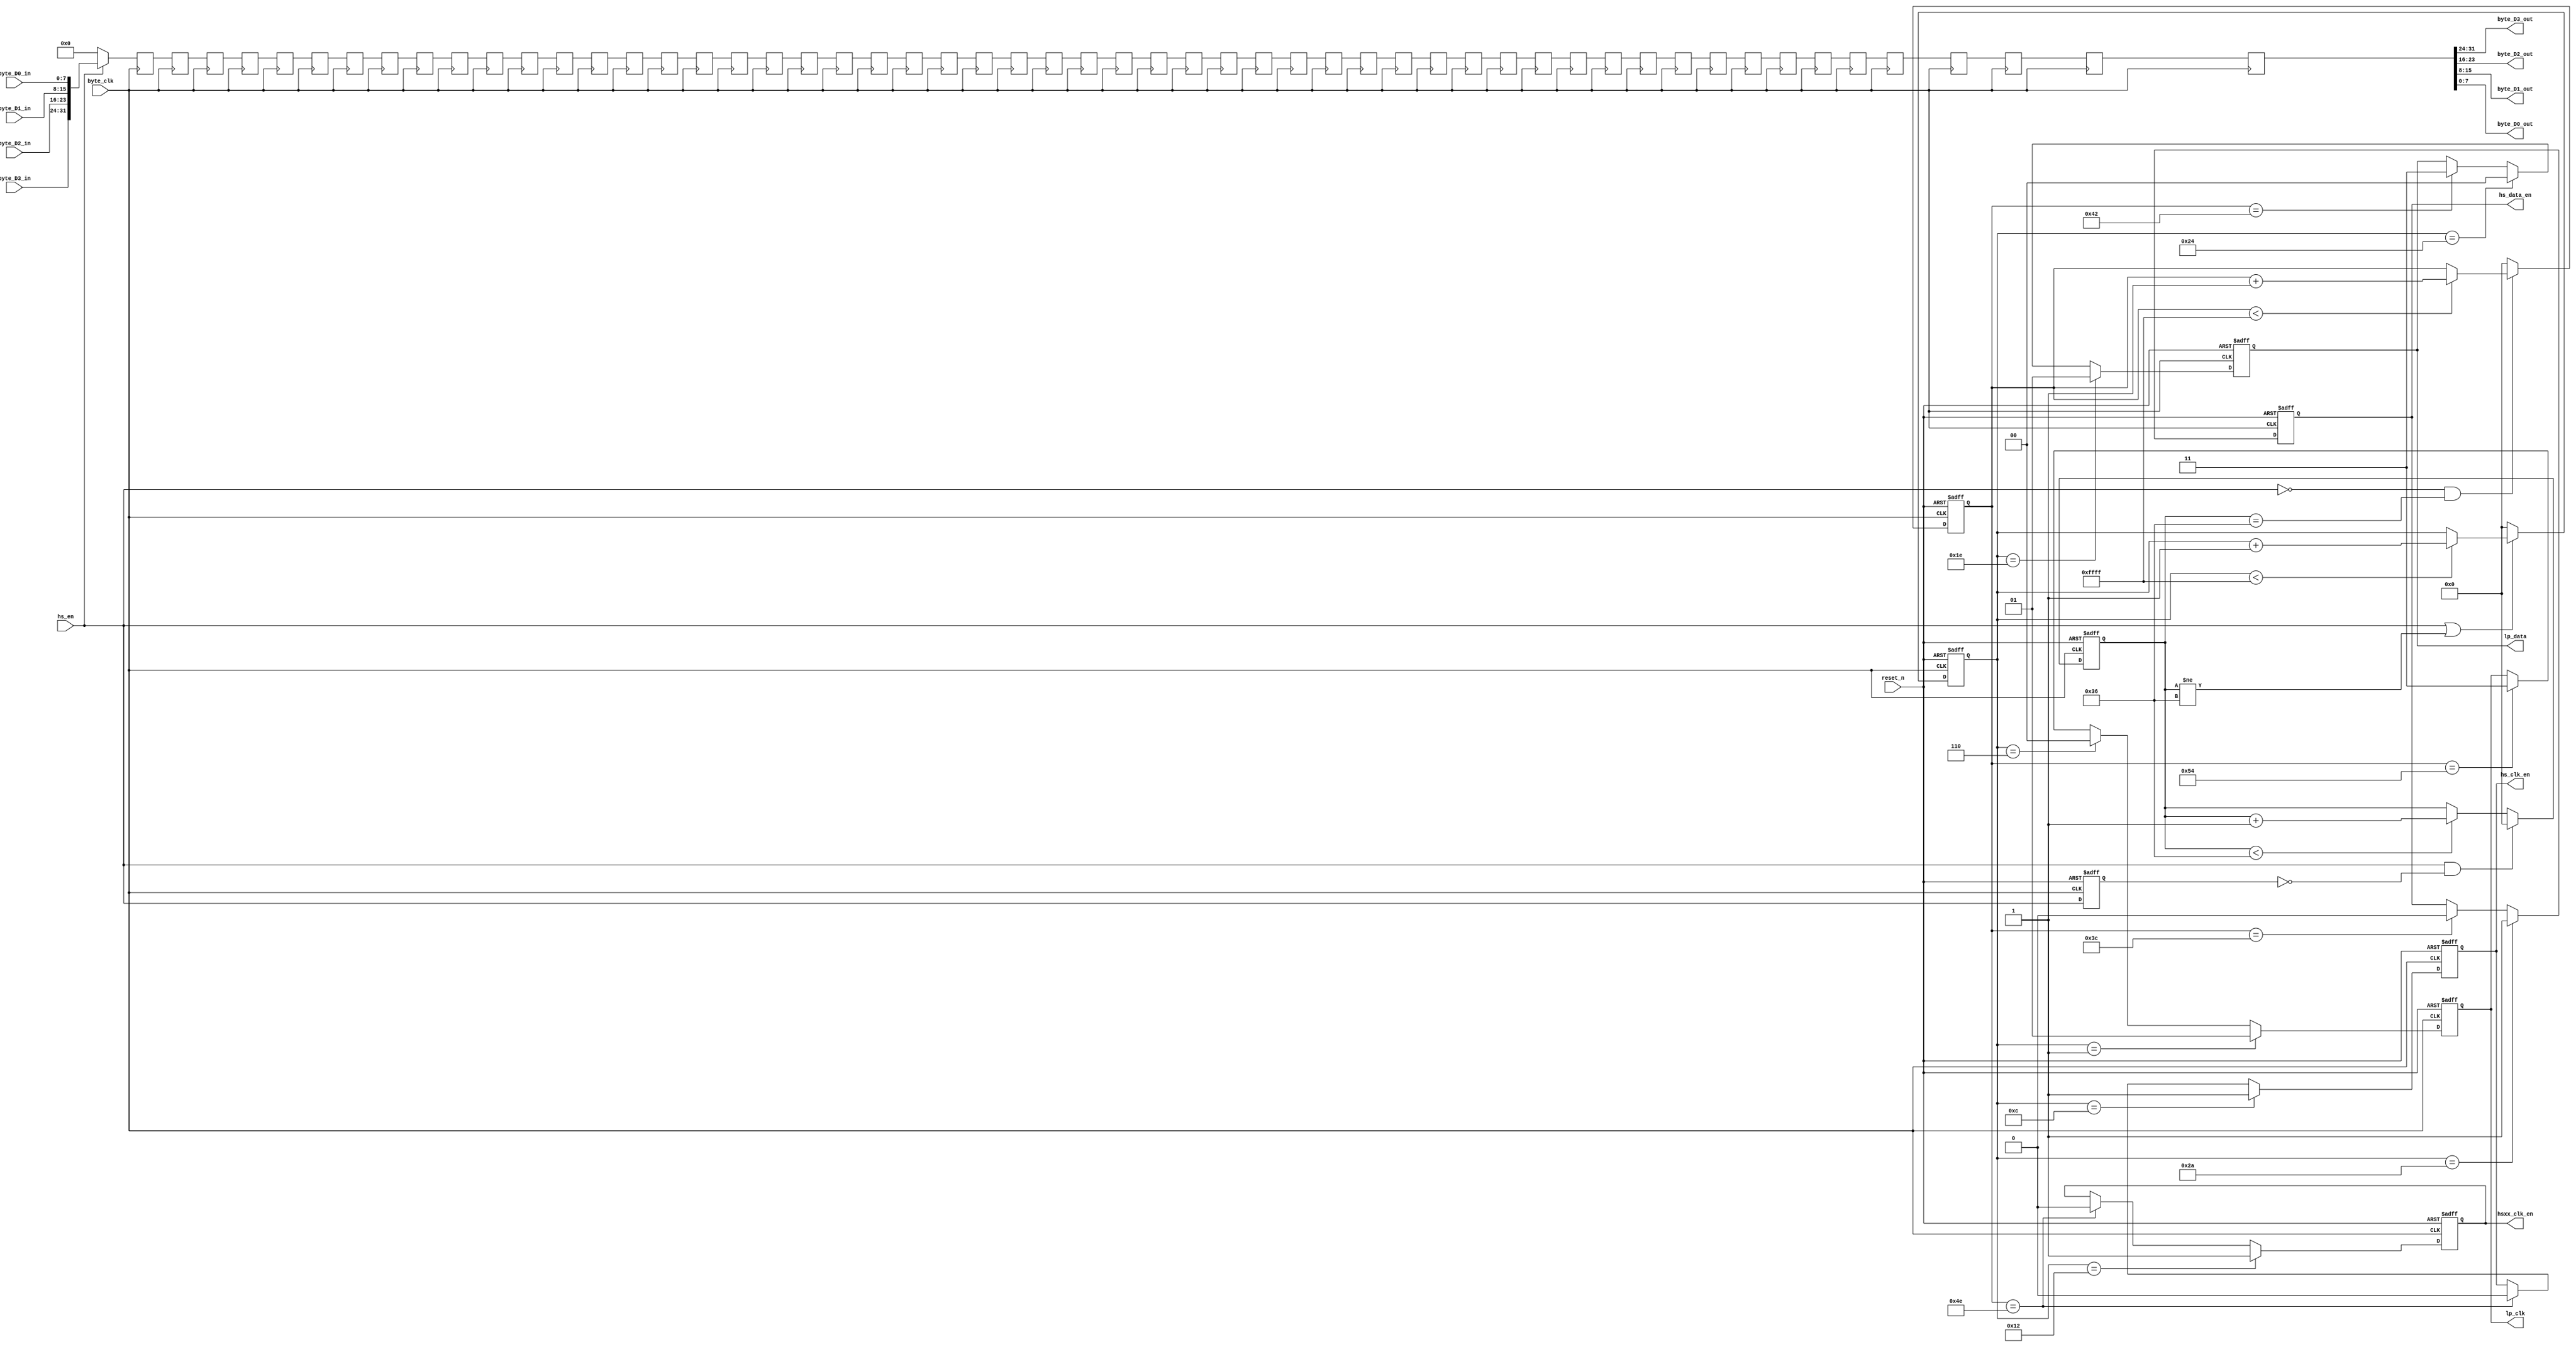
// --------------------------------------------------------------------
// >>>>>>>>>>>>>>>>>>>>>>>>> COPYRIGHT NOTICE <<<<<<<<<<<<<<<<<<<<<<<<<
// --------------------------------------------------------------------
// Copyright (c) 2013 by Lattice Semiconductor Corporation
// --------------------------------------------------------------------
//
// Permission:
//
//   Lattice Semiconductor grants permission to use this code for use
//   in synthesis for any Lattice programmable logic product.  Other
//   use of this code, including the selling or duplication of any
//   portion is strictly prohibited.
//
// Disclaimer:
//
//   This VHDL or Verilog source code is intended as a design reference
//   which illustrates how these types of functions can be implemented.
//   It is the user's responsibility to verify their design for
//   consistency and functionality through the use of formal
//   verification methods.  Lattice Semiconductor provides no warranty
//   regarding the use or functionality of this code.
//
// --------------------------------------------------------------------
//           
//                     Lattice Semiconductor Corporation
//                     5555 NE Moore Court
//                     Hillsboro, OR 97214
//                     U.S.A
//
//                     TEL: 1-800-Lattice (USA and Canada)
//                          408-826-6000 (other locations)
//
//                     web: http://www.latticesemi.com/
//
// --------------------------------------------------------------------
//
// LP_HS_DELAY_CNTRL.v -- MIPI DSI TX Bridge Reference Design
// 
//
// --------------------------------------------------------------------
//
// Revision History :
// --------------------------------------------------------------------
//   Ver  :| Author            :| Mod. Date :| Changes Made:
//   V1.0 :| APPS_LHQ          :| 07/16/13  :| Initial Release
//------------------------------------------------------------------------------------------------------------------------------------------
module LP_HS_DELAY_CNTRL #(

    parameter LP01CLK_dly           = 6,
    parameter LP00CLK_dly           = 6,
    parameter HS00CLK_dly           = 6,
    parameter HSXXCLK_dly           = 6,
    parameter CLK2DATA_dly          = 6,
    parameter LP01DATA_dly          = 6,
    parameter LP00DATA_dly          = 6,
    parameter HS00DATA_dly          = 6,
    parameter HSXXDATA_dly          = 6
)
(
    input       reset_n                  ,
    input       byte_clk                 ,
    input       hs_en                    ,
    input [7:0] byte_D3_in               ,
    input [7:0] byte_D2_in               ,
    input [7:0] byte_D1_in               ,
    input [7:0] byte_D0_in               ,
    
    output reg    hsxx_clk_en            ,
    output reg    hs_clk_en                 ,
    output reg    hs_data_en                ,
    output reg [1:0] lp_clk              ,
    output reg [1:0] lp_data             ,
    output [7:0] byte_D3_out             ,
    output [7:0] byte_D2_out             ,
    output [7:0] byte_D1_out             ,
    output [7:0] byte_D0_out             
);

//beginning timing numbers based on when hs_en is high
parameter p_LP01_clk = LP01CLK_dly;  
parameter p_LP00_clk = LP01CLK_dly+LP00CLK_dly;
parameter p_HS00_clk = LP01CLK_dly+LP00CLK_dly+HS00CLK_dly;
parameter p_HSXX_clk = LP01CLK_dly+LP00CLK_dly+HS00CLK_dly+HSXXCLK_dly;
parameter p_clk2data = LP01CLK_dly+LP00CLK_dly+HS00CLK_dly+HSXXCLK_dly+CLK2DATA_dly;
parameter p_LP01_data = LP01CLK_dly+LP00CLK_dly+HS00CLK_dly+HSXXCLK_dly+CLK2DATA_dly+LP01DATA_dly;
parameter p_LP00_data = LP01CLK_dly+LP00CLK_dly+HS00CLK_dly+HSXXCLK_dly+CLK2DATA_dly+LP01DATA_dly+LP00DATA_dly;
parameter p_HS00_data = LP01CLK_dly+LP00CLK_dly+HS00CLK_dly+HSXXCLK_dly+CLK2DATA_dly+LP01DATA_dly+LP00DATA_dly+HS00DATA_dly;
parameter p_HSXX_data = LP01CLK_dly+LP00CLK_dly+HS00CLK_dly+HSXXCLK_dly+CLK2DATA_dly+LP01DATA_dly+LP00DATA_dly+HS00DATA_dly+HSXXDATA_dly;

//ending timing numbers based on when hs_en is low
parameter p_HS00_data_end = p_HSXX_data+HS00DATA_dly;
parameter p_LP00_data_end = p_HSXX_data+HS00DATA_dly+LP00DATA_dly;
parameter p_LP11_data_end = p_HSXX_data+HS00DATA_dly+LP00DATA_dly;
parameter p_data2clk =      p_HSXX_data+HS00DATA_dly+LP00DATA_dly+CLK2DATA_dly;
parameter p_HS00_clk_end =  p_HSXX_data+HS00DATA_dly+LP00DATA_dly+CLK2DATA_dly+HS00CLK_dly;
parameter p_LP00_clk_end =  p_HSXX_data+HS00DATA_dly+LP00DATA_dly+CLK2DATA_dly+HS00CLK_dly+LP00CLK_dly;
parameter p_LP11_clk_end =  p_HSXX_data+HS00DATA_dly+LP00DATA_dly+CLK2DATA_dly+HS00CLK_dly+LP00CLK_dly;

//Delay the Data
genvar i;
reg [31:0] hold_data [p_HSXX_data:0];
reg [15:0] hs_en_high_cnt, hs_en_low_cnt,hs_extended;
reg q_hs_en;
    generate
    for(i=1; i<=p_HSXX_data; i=i+1)
          begin: data_dly
                always @(posedge byte_clk)
    		  hold_data[i] <= hold_data[i-1];	   
          end
    endgenerate
    
    always @(posedge byte_clk)
         hold_data[0] <= hs_en ? {byte_D3_in,byte_D2_in,byte_D1_in,byte_D0_in} : 0;
        	
    assign {byte_D3_out,byte_D2_out,byte_D1_out,byte_D0_out}  = hold_data[p_HSXX_data];

//count cycles that hs_en is high and low for
    always @(posedge byte_clk or negedge reset_n)
          if (!reset_n) begin
               hs_en_high_cnt <= 0;
               hs_en_low_cnt  <= 16'hffff;
               q_hs_en        <= 0;
               hs_extended    <= 0;
          end
          else begin
               q_hs_en        <= hs_en;
               hs_extended    <= hs_en & ~q_hs_en           ? 0  :                     //hs_extended keeps the hs_en_*_cnt running in the case of a short packet
                                 hs_extended<p_HSXX_data ? hs_extended+1 :
                                                              hs_extended;
                                                              
               hs_en_high_cnt <= hs_en |  (hs_extended !=  p_HSXX_data) ? 
                                          hs_en_high_cnt<16'hffff       ? hs_en_high_cnt+1 : hs_en_high_cnt
                                       :  
                                          0;
               hs_en_low_cnt  <= ~hs_en & (hs_extended ==  p_HSXX_data)? 
                                          hs_en_low_cnt<16'hffff  ? hs_en_low_cnt+1  : hs_en_low_cnt
                                       :  
                                          0;
          end

    always @(posedge byte_clk or negedge reset_n)
          if (!reset_n) begin
              hs_clk_en  <=  0;
              hsxx_clk_en<=  0;
              hs_data_en <=  0;
              lp_clk     <=  2'b11;
              lp_data    <=  2'b11;
          end
          else begin
                      
               hs_clk_en  <=  (hs_en_high_cnt == p_LP00_clk       ) ? 1'b1 :
                              (hs_en_low_cnt  == p_HS00_clk_end   ) ? 1'b0 :  hs_clk_en; 
                              
               hsxx_clk_en<=  (hs_en_high_cnt == p_HS00_clk       ) ? 1'b1 :
                              (hs_en_low_cnt  == p_HS00_clk_end   ) ? 1'b0 :  hsxx_clk_en; 
                              
               hs_data_en <=  (hs_en_high_cnt == p_LP00_data      ) ? 1'b1 :
                              (hs_en_low_cnt  == p_HS00_data_end  ) ? 1'b0 :  hs_data_en; 
               
               lp_clk     <=  (hs_en_high_cnt==1                  ) ? 2'b01 :
                              (hs_en_high_cnt==p_LP01_clk         ) ? 2'b00 : 
                              (hs_en_low_cnt == p_LP11_clk_end    ) ? 2'b11 : lp_clk;
                              
               lp_data    <=  (hs_en_high_cnt==p_clk2data         ) ? 2'b01 :
                              (hs_en_high_cnt==p_LP01_data        ) ? 2'b00 : 
                              (hs_en_low_cnt == p_LP11_data_end   ) ? 2'b11 : lp_data;
              
          end


endmodule